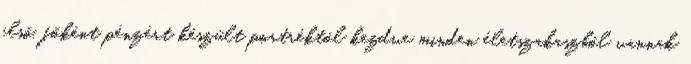
első, főként pénzért készült portréktól kezdve minden életszakaszból vannak